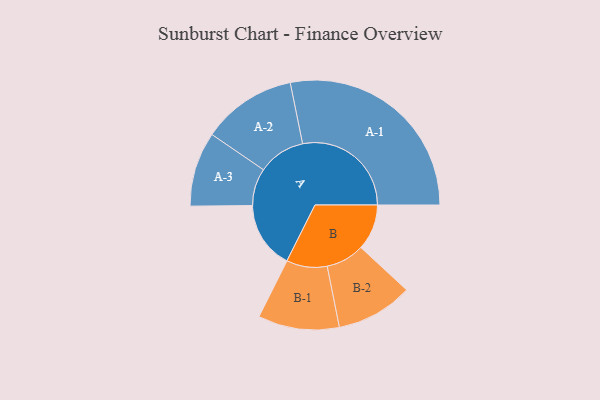
{"axis": {"x": "Segment", "y": "Value"}, "legend": ["", "A", "B"], "data": [{"x": "A", "y": 182, "type": ""}, {"x": "B", "y": 124, "type": ""}, {"x": "A-1", "y": 294, "type": "A"}, {"x": "A-2", "y": 128, "type": "A"}, {"x": "A-3", "y": 101, "type": "A"}, {"x": "B-1", "y": 110, "type": "B"}, {"x": "B-2", "y": 104, "type": "B"}]}